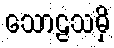
သောဠသမှိ